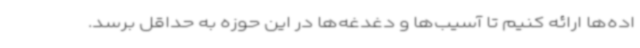
اده‌ها ارائه کنیم تا آسیب‌ها و دغدغه‌ها در این حوزه به حداقل برسد.